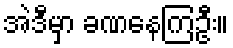
အဲဒီမှာ ခဏနေကြဦး။